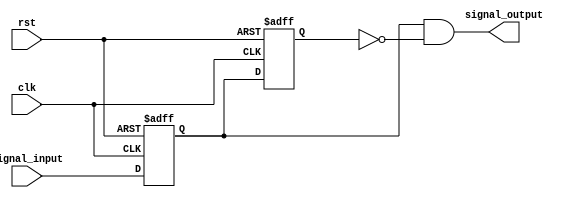
module edge_detector
	#(
		parameter SIGNAL_NUM = 8,
		parameter EDGE = 0
	)
	(
		input rst,
		input clk,
		input [(SIGNAL_NUM - 1) : 0] signal_input,
		output reg [(SIGNAL_NUM - 1) : 0] signal_output
	);
	
	localparam RISING_EDGE = 0;
	localparam FALLING_EDGE = 1;
	localparam BOTH_EDGES = 2;
	
	reg [(SIGNAL_NUM - 1) : 0] ff_reg [1 : 0];
	reg [(SIGNAL_NUM - 1) : 0] ff_next [1 : 0];
	
	always @(negedge rst, posedge clk) begin
		if (!rst) begin
			ff_reg[0] <= { SIGNAL_NUM{1'b0} };
			ff_reg[1] <= { SIGNAL_NUM{1'b0} };
		end
		else begin
			ff_reg[0] <= ff_next[0];
			ff_reg[1] <= ff_next[1];
		end
	end
	
	always @(*) begin
		ff_next[0] = signal_input;
		ff_next[1] = ff_reg[0];
	end
	
	always @(*) begin
		case (EDGE)
			RISING_EDGE:
				signal_output = ff_reg[0] & ~ff_reg[1];
			FALLING_EDGE:
				signal_output = ~ff_reg[0] & ff_reg[1];
			BOTH_EDGES:
				signal_output = ff_reg[0] ^ ff_reg[1];
		endcase
	end
	
endmodule